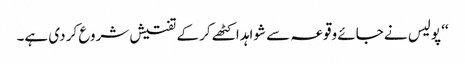
‘‘ پولیس نے جائے وقوعہ سے شواہد اکٹھے کر کے تفتیش شروع کر دی ہے۔